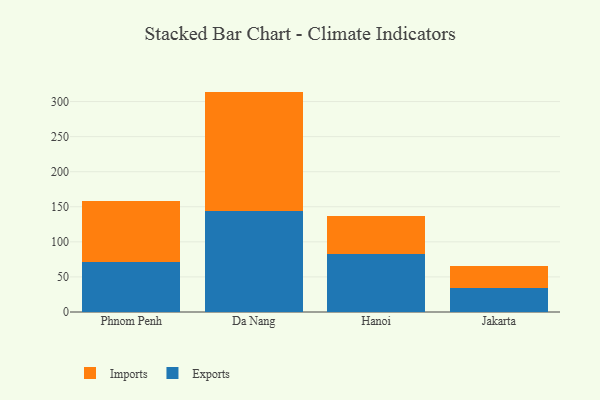
{"axis": {"x": "City", "y": "Temperature (°C)"}, "legend": ["Exports", "Imports"], "data": [{"x": "Phnom Penh", "y": 71.7, "type": "Exports"}, {"x": "Phnom Penh", "y": 86.0, "type": "Imports"}, {"x": "Da Nang", "y": 143.7, "type": "Exports"}, {"x": "Da Nang", "y": 170.5, "type": "Imports"}, {"x": "Hanoi", "y": 82.9, "type": "Exports"}, {"x": "Hanoi", "y": 53.4, "type": "Imports"}, {"x": "Jakarta", "y": 34.5, "type": "Exports"}, {"x": "Jakarta", "y": 31.6, "type": "Imports"}]}